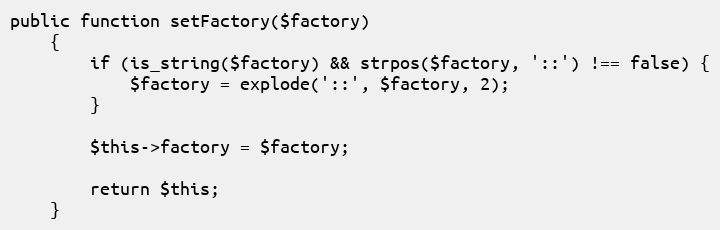
Language: PHP
public function setFactory($factory)
    {
        if (is_string($factory) && strpos($factory, '::') !== false) {
            $factory = explode('::', $factory, 2);
        }

        $this->factory = $factory;

        return $this;
    }